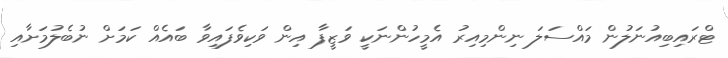
ޓްރައިބިއުނަލުން މައްސަލަ ނިންމިއިރު އެމީހުންނަކީ ވަޒީފާ އިން ވަކިވެފައިވާ ބައެއް ކަމަށް ނުބެލުމަށާއި